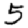
Digit: 5